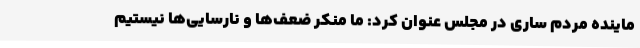
ماینده مردم ساری در مجلس عنوان کرد: ما منکر ضعف‌ها و نارسایی‌ها نیستیم